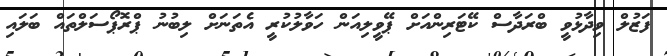
ފަޒުލް ވިދާޅުވީ ބްރަދާސް ކޭޓަރިންއަށް ޕޭވީލިއަން ހަވާލުކުރީ އެތަނަށް ލިބުނު ޕްރޮޕޯސަލްތައް ބަލައި